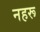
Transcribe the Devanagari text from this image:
नहरू